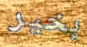
بخير